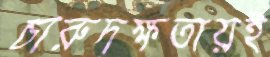
চারুদক্ষতায়ই